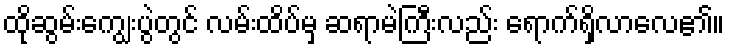
ထိုဆွမ်းကျွေးပွဲတွင် လမ်းထိပ်မှ ဆရာမဲကြီးလည်း ရောက်ရှိလာလေ၏။